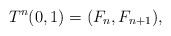
\begin{align*}T^n(0,1)=(F_n,F_{n+1}), \end{align*}